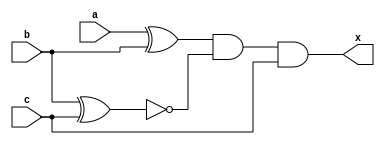
module des3 (a,b,c,x);
  input a,b,c;
  output x;
  wire d;
  wire e;
   
  
xor  (d,a,b);
  xnor (e,b,c);
    and (x,d,e,c);
   
  
endmodule

module des3_tb();
  
  reg a,b,c;
  wire x;
  
  
  des3 a1(a,b,c,x);
  
  initial begin
    
    $monitor("value of a=%b, b=%b,c=%b, x=%b");
    
     a=0; b=0; c=0; 
    #15 a=1; b=0; c=0; 
    #15 a=0; b=1; c=0;
    #15 a=0; b=0; c=1;
    #50 a=1; b=1; c=0; 
    #50 a=0; b=1; c=1; 
    #50 a=1; b=0; c=1; 
    #50 a=1; b=1; c=1; 
        
  end
endmodule